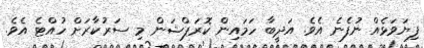
ފިޔަވަޅެއް ނުފެނެ އެވެ. އަދީބާ ހަމައިން ކޮރަޕްޝަން މި ސަރުކާރަށް ހުއްޓެ އެވެ.